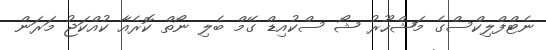
ނެޓްފްލިކްސްގެ މަޝްހޫރު ޝޯ ސްކުއިޑް ގޭމް ބެލި ނޯތް ކޮރެއާ ކުއްކަޖު މަރަން